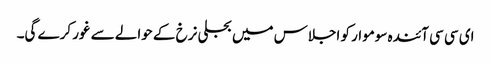
ای سی سی آئندہ سوموار کو اجلاس میں بجلی نرخ کے حوالے سے غور کرے گی۔